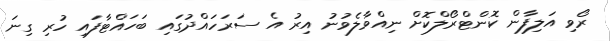
ރޯވި އަލިފާން ކޮންޓްރޯލްކޮށް ނިއްވާލެވުނު އިރު އެ ސަރަހައްދުގައި ބަހައްޓާފައި ހުރި ގިނަ